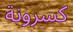
كسرونة